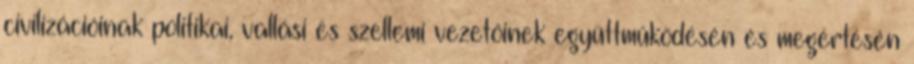
civilizációinak politikai, vallási és szellemi vezetőinek együttműködésén és megértésén